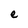
Character: e